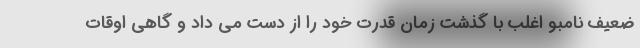
ضعیف نامبو اغلب با گذشت زمان قدرت خود را از دست می داد و گاهی اوقات